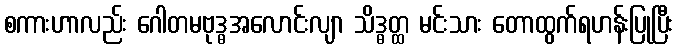
စကားဟာလည်း ဂေါတမဗုဒ္ဓအလောင်းလျာ သိဒ္ဓတ္ထ မင်းသား တောထွက်ရဟန်းပြုပြီး